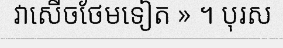
វាសើចថែមទៀត » ។ បុរស